Annual report of the Punjab Veterinary College and of the Civil Veterinary Department, Punjab - 1926-1932
Year: 1926
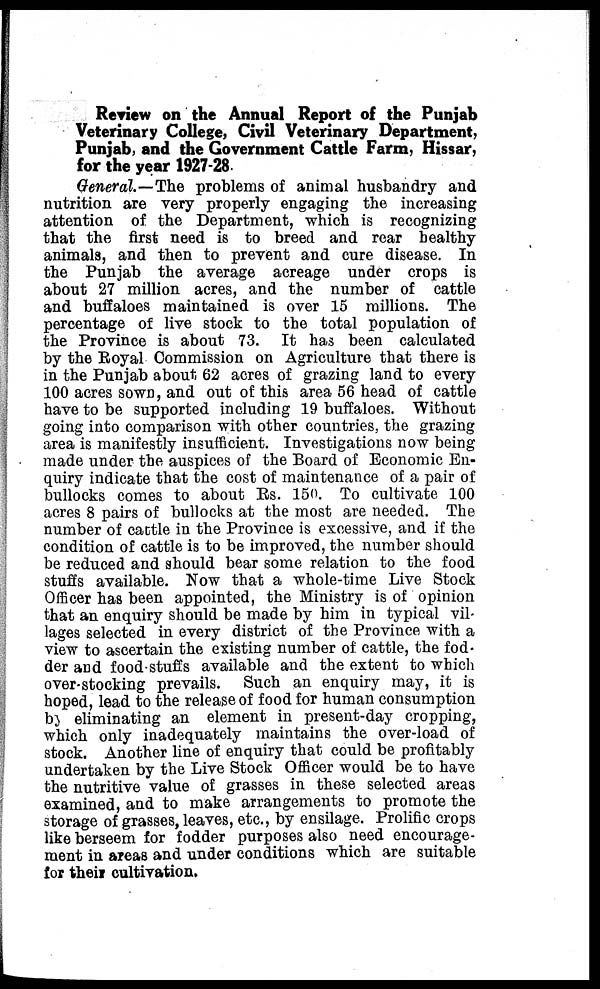
Review on the Annual Report of the Punjab
Veterinary College, Civil Veterinary Department,
Punjab, and the Government Cattle Farm, Hissar,
for the year 1927-28.
General.—The problems of animal husbandry and
nutrition are very properly engaging the increasing
attention of the Department, which is recognizing
that the first need is to breed and rear healthy
animals, and then to prevent and cure disease. In
the Punjab the average acreage under crops is
about 27 million acres, and the number of cattle
and buffaloes maintained is over 15 millions. The
percentage of live stock to the total population of
the Province is about 73. It has been calculated
by the Royal Commission on Agriculture that there is
in the Punjab about 62 acres of grazing land to every
100 acres sown, and out of this area 56 head of cattle
have to be supported including 19 buffaloes. Without
going into comparison with other countries, the grazing
area is manifestly insufficient. Investigations now being
made under the auspices of the Board of Economic En-
quiry indicate that the cost of maintenance of a pair of
bullocks comes to about Rs. 150. To cultivate 100
acres 8 pairs of bullocks at the most are needed. The
number of cattle in the Province is excessive, and if the
condition of cattle is to be improved, the number should
be reduced and should bear some relation to the food
stuffs available. Now that a whole-time Live Stock
Officer has been appointed, the Ministry is of opinion
that an enquiry should be made by him in typical vil-
lages selected in every district of the Province with a
view to ascertain the existing number of cattle, the fod-
der and food-stuffs available and the extent to which
over-stocking prevails. Such an enquiry may, it is
hoped, lead to the release of food for human consumption
by eliminating an element in present-day cropping,
which only inadequately maintains the over-load of
stock. Another line of enquiry that could be profitably
undertaken by the Live Stock Officer would be to have
the nutritive value of grasses in these selected areas
examined, and to make arrangements to promote the
storage of grasses, leaves, etc., by ensilage. Prolific crops
like berseem for fodder purposes also need encourage-
ment in areas and under conditions which are suitable
for their cultivation.